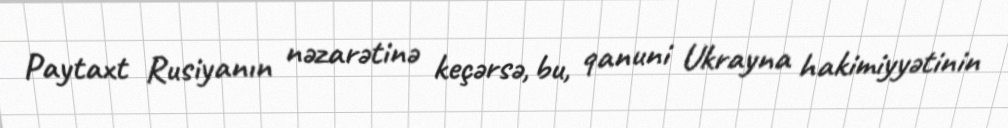
Paytaxt Rusiyanın nəzarətinə keçərsə, bu, qanuni Ukrayna hakimiyyətinin